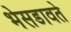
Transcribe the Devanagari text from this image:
भेसडावते